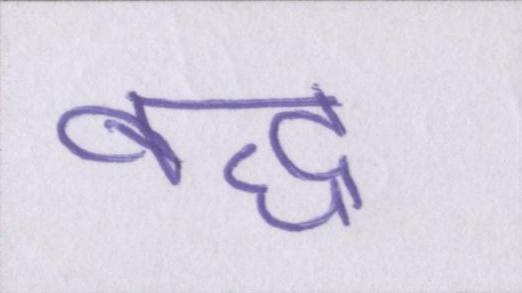
बद्ध